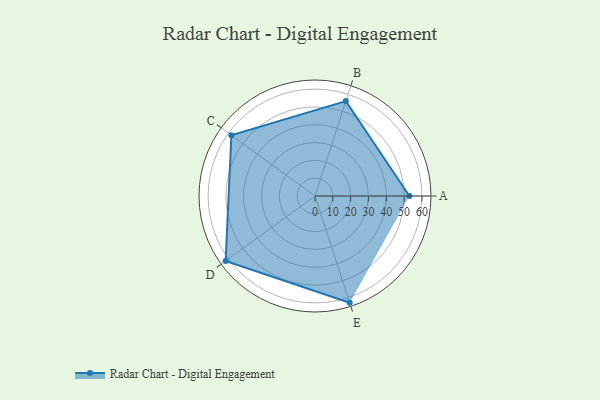
{"axis": {"x": "Skill", "y": "Score"}, "legend": ["Profile"], "data": [{"x": "A", "y": 53.0, "type": "Profile"}, {"x": "B", "y": 56.0, "type": "Profile"}, {"x": "C", "y": 58.0, "type": "Profile"}, {"x": "D", "y": 62.0, "type": "Profile"}, {"x": "E", "y": 63.0, "type": "Profile"}]}